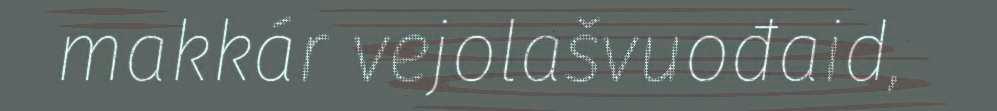
makkár vejolašvuođaid,